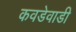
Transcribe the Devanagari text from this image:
कवडेवाडी